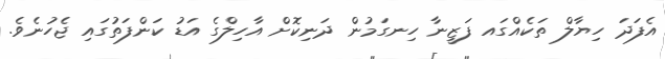
އެފަދަ ހިޔާލް ތަކެއްގައ ފަޒީނާ ހިނގަމުން ދަނިކޮށް އާހިލްގެ އަޑު ކަންފަތުގައި ޖެހުނެވެ.